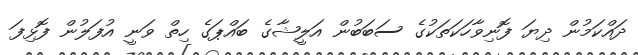
ދައްކަމުން ދިޔަ ފޮނިވާހަކަތަކުގެ ސަބަބުން އަލީޝާގެ ބައްޕަގެ ހިތް ވަނީ އުފަލުން ފޮޅިފަ